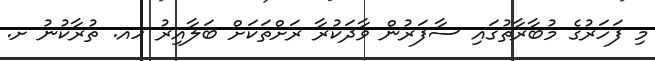
މި ފަހަރުގެ މުބާރާތުގައި ސާފަރުން ވާދަކުރާ ރަށްތަކަށް ބަލާއިރު ހއ. ތުރާކުނު ށ.